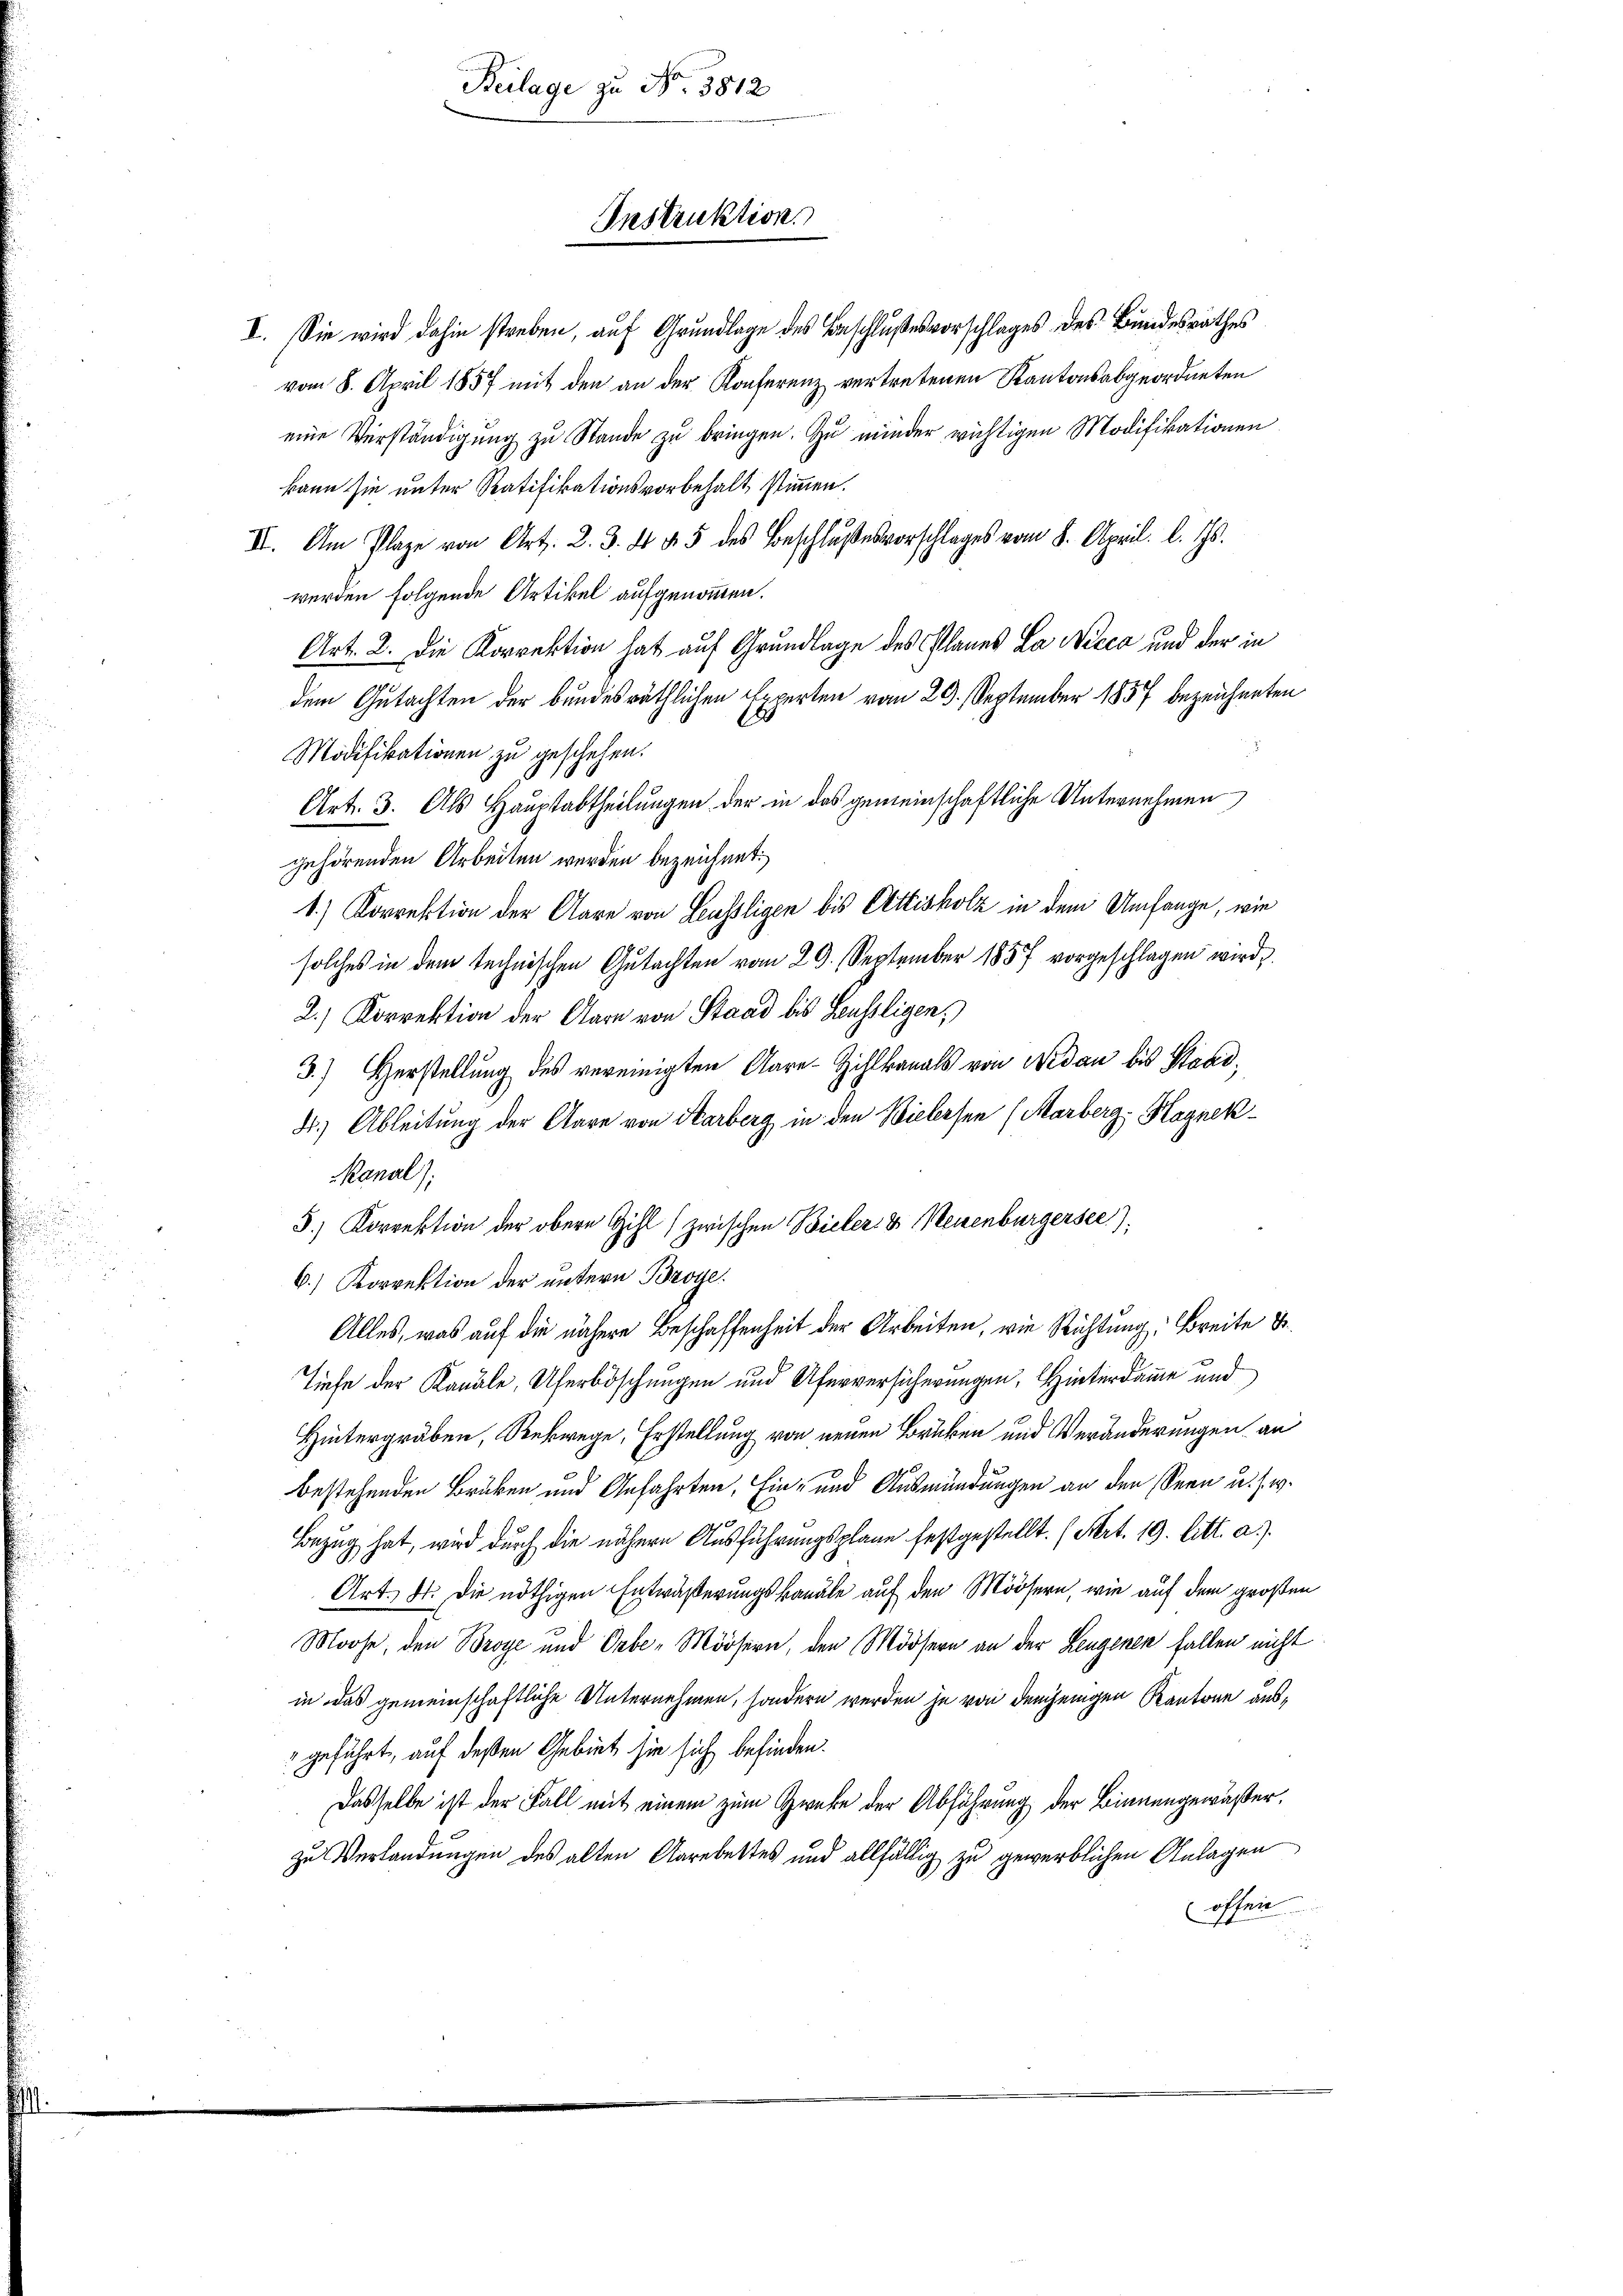
Beilage zu No. 5812

Instruktion

V. Sie wird dahin streben, auf Grundlage des Beschlußesvorschlages des Bundesrathes
vom 8. April 1857 mit den an der Konferenz vertretenen Kantonsabgeordneten
eine Verständigung zu Stande zu bringen. Zu minder wichtigen Modifikationen
kann sie unter Ratifikationsvorbehalt stimmen.
III. Am Klage von Art. 2. 3. 4 § 5 des Beschlŭβesvorschlages vom 8. April l. Js.
werden folgende Artikel aufgenommen.
Art. 2. Die Korrektion hat auf Grundlage des Planes La Nicca und der in
dem Gutachten der bundesräthlichen Experten vom 29. September 1857 bezeichneten
Modifikationen zu geschehen.
Art. 3. Als Hauptabtheilungen der in das gemeinschaftliche Unternehmen
gehörenden Arbeiten werden bezeichnet.
1.) Korrektion der Clare von Leussligen bis Attisholz in dem Umfange, wie
solches in dem technischen Gutachten vom 29. September 1857 vorgeschlagen wird,
2.) Korrektion der Aare von Stand bis Leussligen,
3.) Herstellung des vereinigten Aare-Zihlkanals von Nidau bis Staad¬
4.) Ableitung der Clare von Harberg in den Bielersen (Marberg-Hagnek
Kanal):
5.) Korrektion der obere Zihl (zwischen Bieler- & Neuenburgersee).
6.) Korrektion der untern Broye.
Alles, was auf die nähere Beschaffenheit der Arbeiten, wie Richtung: Breite B
Tiefe der Kanale, Uferböschungen und Uferversicherungen, Hinterdame und
Hintergräben, Rekwege, Erstellung von neuen Brüken und Veränderungen an
bestehenden Brüben und Anfahrten. Ein- und Ausmündungen an den Seen u. s. w.
Bezug hat, wird durch die nähere Ausführungsplane festgestellt. (Art. 19. litt. a.).
Art. 4. Die nöthigen Entwäßerungskanäle auf den Mössern, wie auf dem großen
Moose, den Broye und Orbe-Mörsern, den Mössern an der Leugenen fallen nicht
in das gemeinschaftliche Unternehmen, sondern werden je von demjenigen Kantone ausgeführt, auf deßen Gebiet sie sich befinden.
Dasselbe ist der Fall mit einem zum Zwecke der Abführung der Binnengewäßer,
zu Verlandungen des alten Aarebettes und allfällig zu gewerblichen Anlagen
offen
r